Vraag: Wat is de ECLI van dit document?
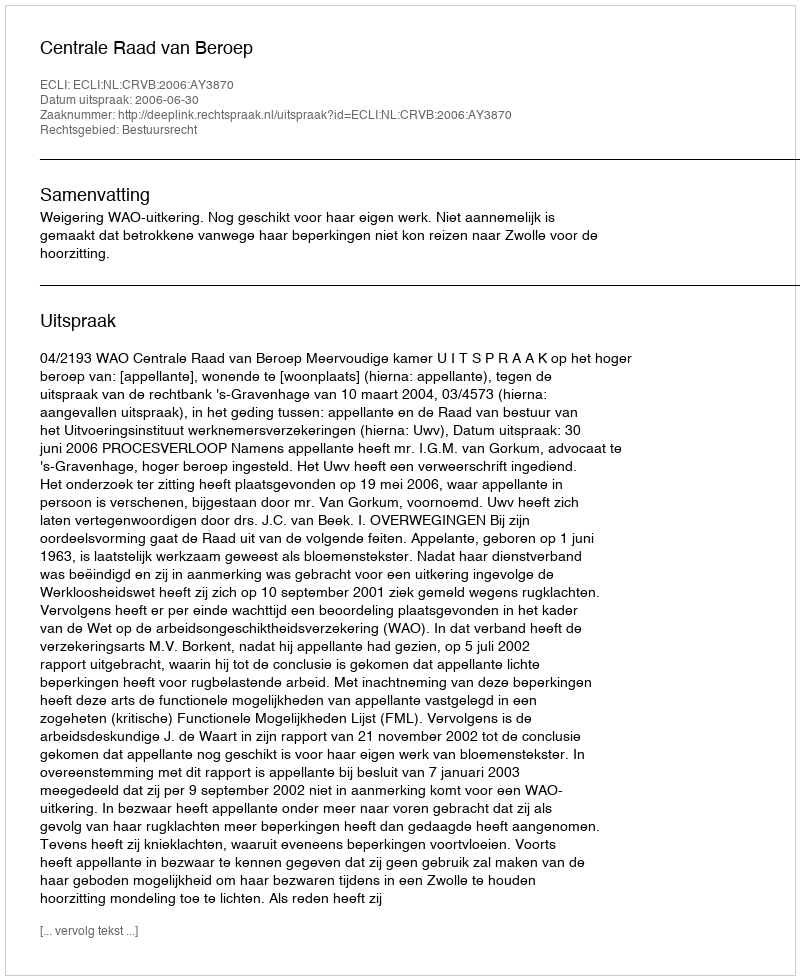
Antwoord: ECLI:NL:CRVB:2006:AY3870